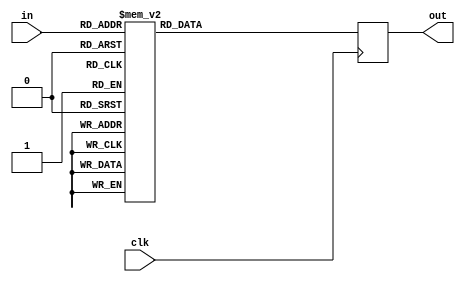
//8 S box SubByte for 4 Bits //
module S0 (clk, in, out);
    input clk;
    input [3:0] in;
    output reg [3:0] out;
    always @ (posedge clk) 
    case (in)
    4'h0: out <= 4'h3;
    4'h1: out <= 4'h8;
    4'h2: out <= 4'hf;
    4'h3: out <= 4'h1;
    4'h4: out <= 4'ha;
    4'h5: out <= 4'h6;
    4'h6: out <= 4'h5;
    4'h7: out <= 4'hb;
    4'h8: out <= 4'he;
    4'h9: out <= 4'hd;
    4'ha: out <= 4'h4;
    4'hb: out <= 4'h2;
    4'hc: out <= 4'h7;
    4'hd: out <= 4'h0;
    4'he: out <= 4'h9;
    4'hf: out <= 4'hc;
    endcase
endmodule

module S1 (clk, in, out);
    input clk;
    input [3:0] in;
    output reg [3:0] out;
    always @ (posedge clk) 
    case (in)
    4'h0: out <= 4'hf;
    4'h1: out <= 4'hc;
    4'h2: out <= 4'h2;
    4'h3: out <= 4'h7;
    4'h4: out <= 4'h9;
    4'h5: out <= 4'h0;
    4'h6: out <= 4'h5;
    4'h7: out <= 4'ha;
    4'h8: out <= 4'h1;
    4'h9: out <= 4'hb;
    4'ha: out <= 4'he;
    4'hb: out <= 4'h8;
    4'hc: out <= 4'h6;
    4'hd: out <= 4'hd;
    4'he: out <= 4'h3;
    4'hf: out <= 4'h4;
    endcase
endmodule

module S2 (clk, in, out);
    input clk;
    input [3:0] in;
    output reg [3:0] out;
    always @ (posedge clk) 
    case (in)
    4'h0: out <= 4'h8;
    4'h1: out <= 4'h6;
    4'h2: out <= 4'h7;
    4'h3: out <= 4'h9;
    4'h4: out <= 4'h3;
    4'h5: out <= 4'hc;
    4'h6: out <= 4'ha;
    4'h7: out <= 4'hf;
    4'h8: out <= 4'hd;
    4'h9: out <= 4'h1;
    4'ha: out <= 4'he;
    4'hb: out <= 4'h4;
    4'hc: out <= 4'h0;
    4'hd: out <= 4'hb;
    4'he: out <= 4'h5;
    4'hf: out <= 4'h2;
    endcase
endmodule

module S3 (clk, in, out);
    input clk;
    input [3:0] in;
    output reg [3:0] out;
    always @ (posedge clk) 
    case (in)
    4'h0: out <= 4'h0;
    4'h1: out <= 4'hf;
    4'h2: out <= 4'hb;
    4'h3: out <= 4'h8;
    4'h4: out <= 4'hc;
    4'h5: out <= 4'h9;
    4'h6: out <= 4'h6;
    4'h7: out <= 4'h3;
    4'h8: out <= 4'hd;
    4'h9: out <= 4'h1;
    4'ha: out <= 4'h2;
    4'hb: out <= 4'h4;
    4'hc: out <= 4'ha;
    4'hd: out <= 4'h7;
    4'he: out <= 4'h5;
    4'hf: out <= 4'he;
    endcase
endmodule

module S4 (clk, in, out);
    input clk;
    input [3:0] in;
    output reg [3:0] out;
    always @ (posedge clk) // GT: why no begin?
    case (in)
    4'h0: out <= 4'h1;
    4'h1: out <= 4'hf;
    4'h2: out <= 4'h8;
    4'h3: out <= 4'h3;
    4'h4: out <= 4'hc;
    4'h5: out <= 4'h0;
    4'h6: out <= 4'hb;
    4'h7: out <= 4'h6;
    4'h8: out <= 4'h2;
    4'h9: out <= 4'h5;
    4'ha: out <= 4'h4;
    4'hb: out <= 4'ha;
    4'hc: out <= 4'h9;
    4'hd: out <= 4'he;
    4'he: out <= 4'h7;
    4'hf: out <= 4'hd;
    endcase
endmodule

module S5 (clk, in, out);
    input clk;
    input [3:0] in;
    output reg [3:0] out;
    always @ (posedge clk) // GT: why no begin?
    case (in)
    4'h0: out <= 4'hf;
    4'h1: out <= 4'h5;
    4'h2: out <= 4'h2;
    4'h3: out <= 4'hb;
    4'h4: out <= 4'h4;
    4'h5: out <= 4'ha;
    4'h6: out <= 4'h9;
    4'h7: out <= 4'hc;
    4'h8: out <= 4'h0;
    4'h9: out <= 4'h3;
    4'ha: out <= 4'he;
    4'hb: out <= 4'h8;
    4'hc: out <= 4'hd;
    4'hd: out <= 4'h6;
    4'he: out <= 4'h7;
    4'hf: out <= 4'h1;
    endcase
endmodule

module S6 (clk, in, out);
    input clk;
    input [3:0] in;
    output reg [3:0] out;
    always @ (posedge clk) // GT: why no begin?
    case (in)
    4'h0: out <= 4'h7;
    4'h1: out <= 4'h2;
    4'h2: out <= 4'hc;
    4'h3: out <= 4'h5;
    4'h4: out <= 4'h8;
    4'h5: out <= 4'h4;
    4'h6: out <= 4'h6;
    4'h7: out <= 4'hb;
    4'h8: out <= 4'he;
    4'h9: out <= 4'h9;
    4'ha: out <= 4'h1;
    4'hb: out <= 4'hf;
    4'hc: out <= 4'hd;
    4'hd: out <= 4'h3;
    4'he: out <= 4'ha;
    4'hf: out <= 4'h0;
    endcase
endmodule

module S7 (clk, in, out);
    input clk;
    input [3:0] in;
    output reg [3:0] out;
    always @ (posedge clk) // GT: why no begin?
    case (in)
    4'h0: out <= 4'h1;
    4'h1: out <= 4'hd;
    4'h2: out <= 4'hf;
    4'h3: out <= 4'h0;
    4'h4: out <= 4'he;
    4'h5: out <= 4'h8;
    4'h6: out <= 4'h2;
    4'h7: out <= 4'hb;
    4'h8: out <= 4'h7;
    4'h9: out <= 4'h4;
    4'ha: out <= 4'hc;
    4'hb: out <= 4'ha;
    4'hc: out <= 4'h9;
    4'hd: out <= 4'h3;
    4'he: out <= 4'h5;
    4'hf: out <= 4'h6;
    endcase
endmodule

module S0_32 (clk, in, out);
    input clk;
    input [127:0] in;
    output [127:0] out;

    wire [127:0] ped_input; // after permutation
    wire [127:0] ped_output;

    genvar i;
    generate
        for(i = 0; i<32; i = i+1) begin
            assign ped_input[4*i] = in[i];            
            assign ped_input[4*i+1] = in[i+32];            
            assign ped_input[4*i+2] = in[i+64];            
            assign ped_input[4*i+3] = in[i+96];            
        end
    endgenerate
    generate
        for(i = 0; i<32; i = i+1) begin
            assign out[i+96] = ped_output[4*i+3];            
            assign out[i+64] = ped_output[4*i+2];            
            assign out[i+32] = ped_output[4*i+1];            
            assign out[i] = ped_output[4*i];            
        end
    endgenerate

    S0
        S0_0  (clk, ped_input[127:124], ped_output[127:124]),
        S0_1  (clk, ped_input[123:120], ped_output[123:120]),
        S0_2  (clk, ped_input[119:116], ped_output[119:116]),
        S0_3  (clk, ped_input[115:112], ped_output[115:112]),
        S0_4  (clk, ped_input[111:108], ped_output[111:108]),
        S0_5  (clk, ped_input[107:104], ped_output[107:104]),
        S0_6  (clk, ped_input[103:100], ped_output[103:100]),
        S0_7  (clk, ped_input[99:96]  , ped_output[99:96]  ),
        S0_8  (clk, ped_input[95:92]  , ped_output[95:92]  ),
        S0_9  (clk, ped_input[91:88]  , ped_output[91:88]  ),
        S0_10 (clk, ped_input[87:84]  , ped_output[87:84]  ),
        S0_11 (clk, ped_input[83:80]  , ped_output[83:80]  ),
        S0_12 (clk, ped_input[79:76]  , ped_output[79:76]  ),
        S0_13 (clk, ped_input[75:72]  , ped_output[75:72]  ),
        S0_14 (clk, ped_input[71:68]  , ped_output[71:68]  ),
        S0_15 (clk, ped_input[67:64]  , ped_output[67:64]  ),
        S0_16 (clk, ped_input[63:60]  , ped_output[63:60]  ),
        S0_17 (clk, ped_input[59:56]  , ped_output[59:56]  ),
        S0_18 (clk, ped_input[55:52]  , ped_output[55:52]  ),
        S0_19 (clk, ped_input[51:48]  , ped_output[51:48]  ),
        S0_20 (clk, ped_input[47:44]  , ped_output[47:44]  ),
        S0_21 (clk, ped_input[43:40]  , ped_output[43:40]  ),
        S0_22 (clk, ped_input[39:36]  , ped_output[39:36]  ),
        S0_23 (clk, ped_input[35:32]  , ped_output[35:32]  ),
        S0_24 (clk, ped_input[31:28]  , ped_output[31:28]  ),
        S0_25 (clk, ped_input[27:24]  , ped_output[27:24]  ),
        S0_26 (clk, ped_input[23:20]  , ped_output[23:20]  ),
        S0_27 (clk, ped_input[19:16]  , ped_output[19:16]  ),
        S0_28 (clk, ped_input[15:12]  , ped_output[15:12]  ),
        S0_29 (clk, ped_input[11:8]   , ped_output[11:8]   ),
        S0_30 (clk, ped_input[7:4]    , ped_output[7:4]    ),
        S0_31 (clk, ped_input[3:0]    , ped_output[3:0]    );
endmodule

module S1_32 (clk, in, out);
    input clk;
    input [127:0] in;
    output [127:0] out;

    wire [127:0] ped_input; // after permutation
    wire [127:0] ped_output;

    genvar i;
    generate
        for(i = 0; i<32; i = i+1) begin
            assign ped_input[4*i+0] = in[i+0];            
            assign ped_input[4*i+1] = in[i+32];            
            assign ped_input[4*i+2] = in[i+64];            
            assign ped_input[4*i+3] = in[i+96];            
        end
    endgenerate
    generate
        for(i = 0; i<32; i = i+1) begin
            assign out[i+96] = ped_output[4*i+3];            
            assign out[i+64] = ped_output[4*i+2];            
            assign out[i+32] = ped_output[4*i+1];            
            assign out[i] = ped_output[4*i];            
        end
    endgenerate

    S1
        S1_0  (clk, ped_input[127:124], ped_output[127:124]),
        S1_1  (clk, ped_input[123:120], ped_output[123:120]),
        S1_2  (clk, ped_input[119:116], ped_output[119:116]),
        S1_3  (clk, ped_input[115:112], ped_output[115:112]),
        S1_4  (clk, ped_input[111:108], ped_output[111:108]),
        S1_5  (clk, ped_input[107:104], ped_output[107:104]),
        S1_6  (clk, ped_input[103:100], ped_output[103:100]),
        S1_7  (clk, ped_input[99:96]  , ped_output[99:96]  ),
        S1_8  (clk, ped_input[95:92]  , ped_output[95:92]  ),
        S1_9  (clk, ped_input[91:88]  , ped_output[91:88]  ),
        S1_10 (clk, ped_input[87:84]  , ped_output[87:84]  ),
        S1_11 (clk, ped_input[83:80]  , ped_output[83:80]  ),
        S1_12 (clk, ped_input[79:76]  , ped_output[79:76]  ),
        S1_13 (clk, ped_input[75:72]  , ped_output[75:72]  ),
        S1_14 (clk, ped_input[71:68]  , ped_output[71:68]  ),
        S1_15 (clk, ped_input[67:64]  , ped_output[67:64]  ),
        S1_16 (clk, ped_input[63:60]  , ped_output[63:60]  ),
        S1_17 (clk, ped_input[59:56]  , ped_output[59:56]  ),
        S1_18 (clk, ped_input[55:52]  , ped_output[55:52]  ),
        S1_19 (clk, ped_input[51:48]  , ped_output[51:48]  ),
        S1_20 (clk, ped_input[47:44]  , ped_output[47:44]  ),
        S1_21 (clk, ped_input[43:40]  , ped_output[43:40]  ),
        S1_22 (clk, ped_input[39:36]  , ped_output[39:36]  ),
        S1_23 (clk, ped_input[35:32]  , ped_output[35:32]  ),
        S1_24 (clk, ped_input[31:28]  , ped_output[31:28]  ),
        S1_25 (clk, ped_input[27:24]  , ped_output[27:24]  ),
        S1_26 (clk, ped_input[23:20]  , ped_output[23:20]  ),
        S1_27 (clk, ped_input[19:16]  , ped_output[19:16]  ),
        S1_28 (clk, ped_input[15:12]  , ped_output[15:12]  ),
        S1_29 (clk, ped_input[11:8]   , ped_output[11:8]   ),
        S1_30 (clk, ped_input[7:4]    , ped_output[7:4]    ),
        S1_31 (clk, ped_input[3:0]    , ped_output[3:0]    );
endmodule

module S2_32 (clk, in, out);
    input clk;
    input [127:0] in;
    output [127:0] out;

    wire [127:0] ped_input; // after permutation
    wire [127:0] ped_output;

    genvar i;
    generate
        for(i = 0; i<32; i = i+1) begin
            assign ped_input[4*i] = in[i];            
            assign ped_input[4*i+1] = in[i+32];            
            assign ped_input[4*i+2] = in[i+64];            
            assign ped_input[4*i+3] = in[i+96];            
        end
    endgenerate
    generate
        for(i = 0; i<32; i = i+1) begin
            assign out[i+96] = ped_output[4*i+3];            
            assign out[i+64] = ped_output[4*i+2];            
            assign out[i+32] = ped_output[4*i+1];            
            assign out[i] = ped_output[4*i];            
        end
    endgenerate

    S2
        S2_0  (clk, ped_input[127:124], ped_output[127:124]),
        S2_1  (clk, ped_input[123:120], ped_output[123:120]),
        S2_2  (clk, ped_input[119:116], ped_output[119:116]),
        S2_3  (clk, ped_input[115:112], ped_output[115:112]),
        S2_4  (clk, ped_input[111:108], ped_output[111:108]),
        S2_5  (clk, ped_input[107:104], ped_output[107:104]),
        S2_6  (clk, ped_input[103:100], ped_output[103:100]),
        S2_7  (clk, ped_input[99:96]  , ped_output[99:96]  ),
        S2_8  (clk, ped_input[95:92]  , ped_output[95:92]  ),
        S2_9  (clk, ped_input[91:88]  , ped_output[91:88]  ),
        S2_10 (clk, ped_input[87:84]  , ped_output[87:84]  ),
        S2_11 (clk, ped_input[83:80]  , ped_output[83:80]  ),
        S2_12 (clk, ped_input[79:76]  , ped_output[79:76]  ),
        S2_13 (clk, ped_input[75:72]  , ped_output[75:72]  ),
        S2_14 (clk, ped_input[71:68]  , ped_output[71:68]  ),
        S2_15 (clk, ped_input[67:64]  , ped_output[67:64]  ),
        S2_16 (clk, ped_input[63:60]  , ped_output[63:60]  ),
        S2_17 (clk, ped_input[59:56]  , ped_output[59:56]  ),
        S2_18 (clk, ped_input[55:52]  , ped_output[55:52]  ),
        S2_19 (clk, ped_input[51:48]  , ped_output[51:48]  ),
        S2_20 (clk, ped_input[47:44]  , ped_output[47:44]  ),
        S2_21 (clk, ped_input[43:40]  , ped_output[43:40]  ),
        S2_22 (clk, ped_input[39:36]  , ped_output[39:36]  ),
        S2_23 (clk, ped_input[35:32]  , ped_output[35:32]  ),
        S2_24 (clk, ped_input[31:28]  , ped_output[31:28]  ),
        S2_25 (clk, ped_input[27:24]  , ped_output[27:24]  ),
        S2_26 (clk, ped_input[23:20]  , ped_output[23:20]  ),
        S2_27 (clk, ped_input[19:16]  , ped_output[19:16]  ),
        S2_28 (clk, ped_input[15:12]  , ped_output[15:12]  ),
        S2_29 (clk, ped_input[11:8]   , ped_output[11:8]   ),
        S2_30 (clk, ped_input[7:4]    , ped_output[7:4]    ),
        S2_31 (clk, ped_input[3:0]    , ped_output[3:0]    );
endmodule

module S3_32 (clk, in, out);
    input clk;
    input [127:0] in;
    output [127:0] out;

    wire [127:0] ped_input; // after permutation
    wire [127:0] ped_output;

    genvar i;
    generate
        for(i = 0; i<32; i = i+1) begin
            assign ped_input[4*i] = in[i];            
            assign ped_input[4*i+1] = in[i+32];            
            assign ped_input[4*i+2] = in[i+64];            
            assign ped_input[4*i+3] = in[i+96];            
        end
    endgenerate
    generate
        for(i = 0; i<32; i = i+1) begin
            assign out[i+96] = ped_output[4*i+3];            
            assign out[i+64] = ped_output[4*i+2];            
            assign out[i+32] = ped_output[4*i+1];            
            assign out[i] = ped_output[4*i];            
        end
    endgenerate

    S3
        S3_0  (clk, ped_input[127:124], ped_output[127:124]),
        S3_1  (clk, ped_input[123:120], ped_output[123:120]),
        S3_2  (clk, ped_input[119:116], ped_output[119:116]),
        S3_3  (clk, ped_input[115:112], ped_output[115:112]),
        S3_4  (clk, ped_input[111:108], ped_output[111:108]),
        S3_5  (clk, ped_input[107:104], ped_output[107:104]),
        S3_6  (clk, ped_input[103:100], ped_output[103:100]),
        S3_7  (clk, ped_input[99:96]  , ped_output[99:96]  ),
        S3_8  (clk, ped_input[95:92]  , ped_output[95:92]  ),
        S3_9  (clk, ped_input[91:88]  , ped_output[91:88]  ),
        S3_10 (clk, ped_input[87:84]  , ped_output[87:84]  ),
        S3_11 (clk, ped_input[83:80]  , ped_output[83:80]  ),
        S3_12 (clk, ped_input[79:76]  , ped_output[79:76]  ),
        S3_13 (clk, ped_input[75:72]  , ped_output[75:72]  ),
        S3_14 (clk, ped_input[71:68]  , ped_output[71:68]  ),
        S3_15 (clk, ped_input[67:64]  , ped_output[67:64]  ),
        S3_16 (clk, ped_input[63:60]  , ped_output[63:60]  ),
        S3_17 (clk, ped_input[59:56]  , ped_output[59:56]  ),
        S3_18 (clk, ped_input[55:52]  , ped_output[55:52]  ),
        S3_19 (clk, ped_input[51:48]  , ped_output[51:48]  ),
        S3_20 (clk, ped_input[47:44]  , ped_output[47:44]  ),
        S3_21 (clk, ped_input[43:40]  , ped_output[43:40]  ),
        S3_22 (clk, ped_input[39:36]  , ped_output[39:36]  ),
        S3_23 (clk, ped_input[35:32]  , ped_output[35:32]  ),
        S3_24 (clk, ped_input[31:28]  , ped_output[31:28]  ),
        S3_25 (clk, ped_input[27:24]  , ped_output[27:24]  ),
        S3_26 (clk, ped_input[23:20]  , ped_output[23:20]  ),
        S3_27 (clk, ped_input[19:16]  , ped_output[19:16]  ),
        S3_28 (clk, ped_input[15:12]  , ped_output[15:12]  ),
        S3_29 (clk, ped_input[11:8]   , ped_output[11:8]   ),
        S3_30 (clk, ped_input[7:4]    , ped_output[7:4]    ),
        S3_31 (clk, ped_input[3:0]    , ped_output[3:0]    );
endmodule

module S4_32 (clk, in, out);
    input clk;
    input [127:0] in;
    output [127:0] out;

    wire [127:0] ped_input; // after permutation
    wire [127:0] ped_output;

    genvar i;
    generate
        for(i = 0; i<32; i = i+1) begin
            assign ped_input[4*i] = in[i];            
            assign ped_input[4*i+1] = in[i+32];            
            assign ped_input[4*i+2] = in[i+64];            
            assign ped_input[4*i+3] = in[i+96];            
        end
    endgenerate
    generate
        for(i = 0; i<32; i = i+1) begin
            assign out[i+96] = ped_output[4*i+3];            
            assign out[i+64] = ped_output[4*i+2];            
            assign out[i+32] = ped_output[4*i+1];            
            assign out[i] = ped_output[4*i];            
        end
    endgenerate

    S4
        S4_0  (clk, ped_input[127:124], ped_output[127:124]),
        S4_1  (clk, ped_input[123:120], ped_output[123:120]),
        S4_2  (clk, ped_input[119:116], ped_output[119:116]),
        S4_3  (clk, ped_input[115:112], ped_output[115:112]),
        S4_4  (clk, ped_input[111:108], ped_output[111:108]),
        S4_5  (clk, ped_input[107:104], ped_output[107:104]),
        S4_6  (clk, ped_input[103:100], ped_output[103:100]),
        S4_7  (clk, ped_input[99:96]  , ped_output[99:96]  ),
        S4_8  (clk, ped_input[95:92]  , ped_output[95:92]  ),
        S4_9  (clk, ped_input[91:88]  , ped_output[91:88]  ),
        S4_10 (clk, ped_input[87:84]  , ped_output[87:84]  ),
        S4_11 (clk, ped_input[83:80]  , ped_output[83:80]  ),
        S4_12 (clk, ped_input[79:76]  , ped_output[79:76]  ),
        S4_13 (clk, ped_input[75:72]  , ped_output[75:72]  ),
        S4_14 (clk, ped_input[71:68]  , ped_output[71:68]  ),
        S4_15 (clk, ped_input[67:64]  , ped_output[67:64]  ),
        S4_16 (clk, ped_input[63:60]  , ped_output[63:60]  ),
        S4_17 (clk, ped_input[59:56]  , ped_output[59:56]  ),
        S4_18 (clk, ped_input[55:52]  , ped_output[55:52]  ),
        S4_19 (clk, ped_input[51:48]  , ped_output[51:48]  ),
        S4_20 (clk, ped_input[47:44]  , ped_output[47:44]  ),
        S4_21 (clk, ped_input[43:40]  , ped_output[43:40]  ),
        S4_22 (clk, ped_input[39:36]  , ped_output[39:36]  ),
        S4_23 (clk, ped_input[35:32]  , ped_output[35:32]  ),
        S4_24 (clk, ped_input[31:28]  , ped_output[31:28]  ),
        S4_25 (clk, ped_input[27:24]  , ped_output[27:24]  ),
        S4_26 (clk, ped_input[23:20]  , ped_output[23:20]  ),
        S4_27 (clk, ped_input[19:16]  , ped_output[19:16]  ),
        S4_28 (clk, ped_input[15:12]  , ped_output[15:12]  ),
        S4_29 (clk, ped_input[11:8]   , ped_output[11:8]   ),
        S4_30 (clk, ped_input[7:4]    , ped_output[7:4]    ),
        S4_31 (clk, ped_input[3:0]    , ped_output[3:0]    );
endmodule

module S5_32 (clk, in, out);
    input clk;
    input [127:0] in;
    output [127:0] out;

    wire [127:0] ped_input; // after permutation
    wire [127:0] ped_output;

    genvar i;
    generate
        for(i = 0; i<32; i = i+1) begin
            assign ped_input[4*i] = in[i];            
            assign ped_input[4*i+1] = in[i+32];            
            assign ped_input[4*i+2] = in[i+64];            
            assign ped_input[4*i+3] = in[i+96];            
        end
    endgenerate
    generate
        for(i = 0; i<32; i = i+1) begin
            assign out[i+96] = ped_output[4*i+3];            
            assign out[i+64] = ped_output[4*i+2];            
            assign out[i+32] = ped_output[4*i+1];            
            assign out[i] = ped_output[4*i];            
        end
    endgenerate

    S5
        S5_0  (clk, ped_input[127:124], ped_output[127:124]),
        S5_1  (clk, ped_input[123:120], ped_output[123:120]),
        S5_2  (clk, ped_input[119:116], ped_output[119:116]),
        S5_3  (clk, ped_input[115:112], ped_output[115:112]),
        S5_4  (clk, ped_input[111:108], ped_output[111:108]),
        S5_5  (clk, ped_input[107:104], ped_output[107:104]),
        S5_6  (clk, ped_input[103:100], ped_output[103:100]),
        S5_7  (clk, ped_input[99:96]  , ped_output[99:96]  ),
        S5_8  (clk, ped_input[95:92]  , ped_output[95:92]  ),
        S5_9  (clk, ped_input[91:88]  , ped_output[91:88]  ),
        S5_10 (clk, ped_input[87:84]  , ped_output[87:84]  ),
        S5_11 (clk, ped_input[83:80]  , ped_output[83:80]  ),
        S5_12 (clk, ped_input[79:76]  , ped_output[79:76]  ),
        S5_13 (clk, ped_input[75:72]  , ped_output[75:72]  ),
        S5_14 (clk, ped_input[71:68]  , ped_output[71:68]  ),
        S5_15 (clk, ped_input[67:64]  , ped_output[67:64]  ),
        S5_16 (clk, ped_input[63:60]  , ped_output[63:60]  ),
        S5_17 (clk, ped_input[59:56]  , ped_output[59:56]  ),
        S5_18 (clk, ped_input[55:52]  , ped_output[55:52]  ),
        S5_19 (clk, ped_input[51:48]  , ped_output[51:48]  ),
        S5_20 (clk, ped_input[47:44]  , ped_output[47:44]  ),
        S5_21 (clk, ped_input[43:40]  , ped_output[43:40]  ),
        S5_22 (clk, ped_input[39:36]  , ped_output[39:36]  ),
        S5_23 (clk, ped_input[35:32]  , ped_output[35:32]  ),
        S5_24 (clk, ped_input[31:28]  , ped_output[31:28]  ),
        S5_25 (clk, ped_input[27:24]  , ped_output[27:24]  ),
        S5_26 (clk, ped_input[23:20]  , ped_output[23:20]  ),
        S5_27 (clk, ped_input[19:16]  , ped_output[19:16]  ),
        S5_28 (clk, ped_input[15:12]  , ped_output[15:12]  ),
        S5_29 (clk, ped_input[11:8]   , ped_output[11:8]   ),
        S5_30 (clk, ped_input[7:4]    , ped_output[7:4]    ),
        S5_31 (clk, ped_input[3:0]    , ped_output[3:0]    );
endmodule

module S6_32 (clk, in, out);
    input clk;
    input [127:0] in;
    output [127:0] out;

    wire [127:0] ped_input; // after permutation
    wire [127:0] ped_output;

    genvar i;
    generate
        for(i = 0; i<32; i = i+1) begin
            assign ped_input[4*i] = in[i];            
            assign ped_input[4*i+1] = in[i+32];            
            assign ped_input[4*i+2] = in[i+64];            
            assign ped_input[4*i+3] = in[i+96];            
        end
    endgenerate
    generate
        for(i = 0; i<32; i = i+1) begin
            assign out[i+96] = ped_output[4*i+3];            
            assign out[i+64] = ped_output[4*i+2];            
            assign out[i+32] = ped_output[4*i+1];            
            assign out[i] = ped_output[4*i];            
        end
    endgenerate

    S6
        S6_0  (clk, ped_input[127:124], ped_output[127:124]),
        S6_1  (clk, ped_input[123:120], ped_output[123:120]),
        S6_2  (clk, ped_input[119:116], ped_output[119:116]),
        S6_3  (clk, ped_input[115:112], ped_output[115:112]),
        S6_4  (clk, ped_input[111:108], ped_output[111:108]),
        S6_5  (clk, ped_input[107:104], ped_output[107:104]),
        S6_6  (clk, ped_input[103:100], ped_output[103:100]),
        S6_7  (clk, ped_input[99:96]  , ped_output[99:96]  ),
        S6_8  (clk, ped_input[95:92]  , ped_output[95:92]  ),
        S6_9  (clk, ped_input[91:88]  , ped_output[91:88]  ),
        S6_10 (clk, ped_input[87:84]  , ped_output[87:84]  ),
        S6_11 (clk, ped_input[83:80]  , ped_output[83:80]  ),
        S6_12 (clk, ped_input[79:76]  , ped_output[79:76]  ),
        S6_13 (clk, ped_input[75:72]  , ped_output[75:72]  ),
        S6_14 (clk, ped_input[71:68]  , ped_output[71:68]  ),
        S6_15 (clk, ped_input[67:64]  , ped_output[67:64]  ),
        S6_16 (clk, ped_input[63:60]  , ped_output[63:60]  ),
        S6_17 (clk, ped_input[59:56]  , ped_output[59:56]  ),
        S6_18 (clk, ped_input[55:52]  , ped_output[55:52]  ),
        S6_19 (clk, ped_input[51:48]  , ped_output[51:48]  ),
        S6_20 (clk, ped_input[47:44]  , ped_output[47:44]  ),
        S6_21 (clk, ped_input[43:40]  , ped_output[43:40]  ),
        S6_22 (clk, ped_input[39:36]  , ped_output[39:36]  ),
        S6_23 (clk, ped_input[35:32]  , ped_output[35:32]  ),
        S6_24 (clk, ped_input[31:28]  , ped_output[31:28]  ),
        S6_25 (clk, ped_input[27:24]  , ped_output[27:24]  ),
        S6_26 (clk, ped_input[23:20]  , ped_output[23:20]  ),
        S6_27 (clk, ped_input[19:16]  , ped_output[19:16]  ),
        S6_28 (clk, ped_input[15:12]  , ped_output[15:12]  ),
        S6_29 (clk, ped_input[11:8]   , ped_output[11:8]   ),
        S6_30 (clk, ped_input[7:4]    , ped_output[7:4]    ),
        S6_31 (clk, ped_input[3:0]    , ped_output[3:0]    );
endmodule

module S7_32 (clk, in, out);
    input clk;
    input [127:0] in;
    output [127:0] out;

    wire [127:0] ped_input; // after permutation
    wire [127:0] ped_output;

    genvar i;
    generate
        for(i = 0; i<32; i = i+1) begin
            assign ped_input[4*i] = in[i];            
            assign ped_input[4*i+1] = in[i+32];            
            assign ped_input[4*i+2] = in[i+64];            
            assign ped_input[4*i+3] = in[i+96];            
        end
    endgenerate
    generate
        for(i = 0; i<32; i = i+1) begin
            assign out[i+96] = ped_output[4*i+3];            
            assign out[i+64] = ped_output[4*i+2];            
            assign out[i+32] = ped_output[4*i+1];            
            assign out[i] = ped_output[4*i];            
        end
    endgenerate

    S7
        S7_0  (clk, ped_input[127:124], ped_output[127:124]),
        S7_1  (clk, ped_input[123:120], ped_output[123:120]),
        S7_2  (clk, ped_input[119:116], ped_output[119:116]),
        S7_3  (clk, ped_input[115:112], ped_output[115:112]),
        S7_4  (clk, ped_input[111:108], ped_output[111:108]),
        S7_5  (clk, ped_input[107:104], ped_output[107:104]),
        S7_6  (clk, ped_input[103:100], ped_output[103:100]),
        S7_7  (clk, ped_input[99:96]  , ped_output[99:96]  ),
        S7_8  (clk, ped_input[95:92]  , ped_output[95:92]  ),
        S7_9  (clk, ped_input[91:88]  , ped_output[91:88]  ),
        S7_10 (clk, ped_input[87:84]  , ped_output[87:84]  ),
        S7_11 (clk, ped_input[83:80]  , ped_output[83:80]  ),
        S7_12 (clk, ped_input[79:76]  , ped_output[79:76]  ),
        S7_13 (clk, ped_input[75:72]  , ped_output[75:72]  ),
        S7_14 (clk, ped_input[71:68]  , ped_output[71:68]  ),
        S7_15 (clk, ped_input[67:64]  , ped_output[67:64]  ),
        S7_16 (clk, ped_input[63:60]  , ped_output[63:60]  ),
        S7_17 (clk, ped_input[59:56]  , ped_output[59:56]  ),
        S7_18 (clk, ped_input[55:52]  , ped_output[55:52]  ),
        S7_19 (clk, ped_input[51:48]  , ped_output[51:48]  ),
        S7_20 (clk, ped_input[47:44]  , ped_output[47:44]  ),
        S7_21 (clk, ped_input[43:40]  , ped_output[43:40]  ),
        S7_22 (clk, ped_input[39:36]  , ped_output[39:36]  ),
        S7_23 (clk, ped_input[35:32]  , ped_output[35:32]  ),
        S7_24 (clk, ped_input[31:28]  , ped_output[31:28]  ),
        S7_25 (clk, ped_input[27:24]  , ped_output[27:24]  ),
        S7_26 (clk, ped_input[23:20]  , ped_output[23:20]  ),
        S7_27 (clk, ped_input[19:16]  , ped_output[19:16]  ),
        S7_28 (clk, ped_input[15:12]  , ped_output[15:12]  ),
        S7_29 (clk, ped_input[11:8]   , ped_output[11:8]   ),
        S7_30 (clk, ped_input[7:4]    , ped_output[7:4]    ),
        S7_31 (clk, ped_input[3:0]    , ped_output[3:0]    );
endmodule